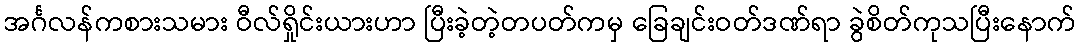
အင်္ဂလန်ကစားသမား ဝီလ်ရှိုင်းယားဟာ ပြီးခဲ့တဲ့တပတ်ကမှ ခြေချင်းဝတ်ဒဏ်ရာ ခွဲစိတ်ကုသပြီးနောက်